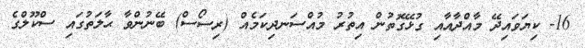
16- ކިޔަވައިދޭ މާއްދާއާއި ގުޅޭގޮތުން އިތުރު މުއްސަނދިކަމެއް (ރިސޯސް) ބޭނުންވާ ޙާލަތުގައި ސްކޫލްގެ